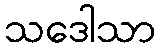
သဒေါသာ